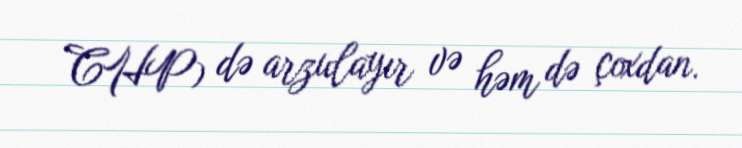
CHP) də arzulayır və həm də çoxdan.